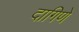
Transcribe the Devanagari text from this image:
दागिणे